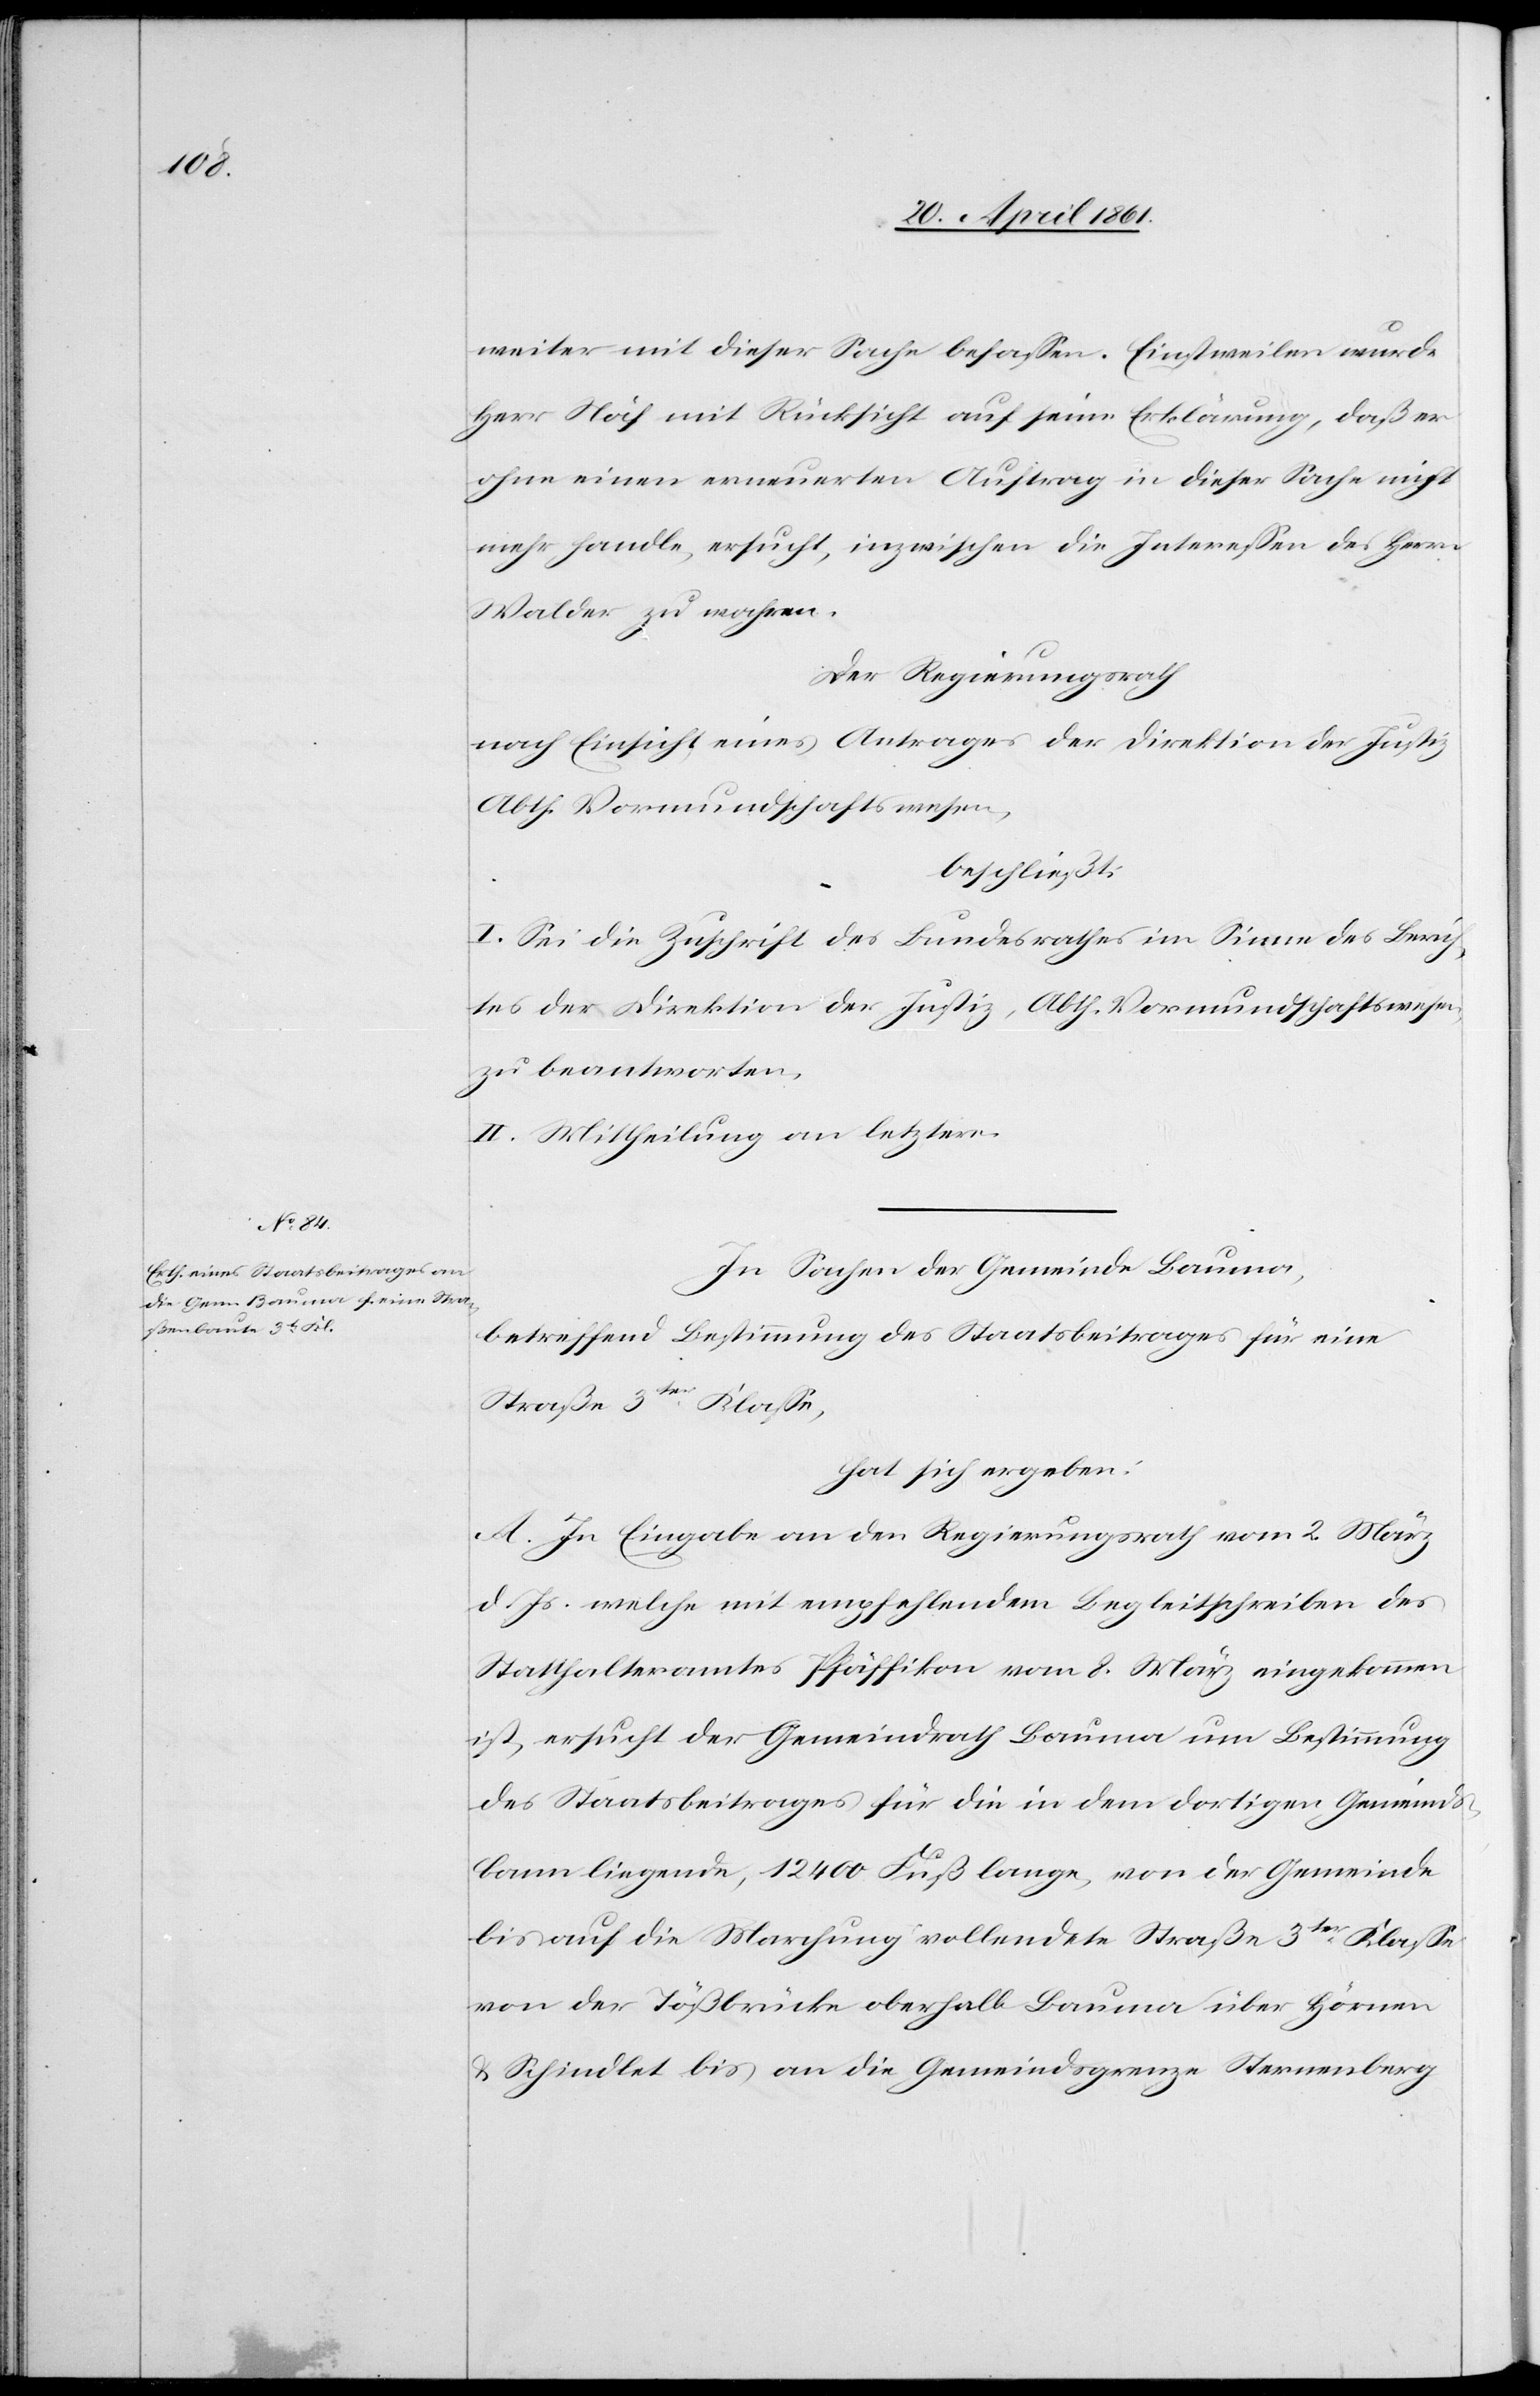
weiter mit dieser Sache befassen. Einstweilen wurde
Herr Näf mit Rücksicht auf seine Erklärung, daß er
ohne einen erneuerten Auftrag in dieser Sache nicht
mehr handle, ersucht, inzwischen die Interessen des Herrn
Walder zu wahren.
Der Regierungsrath
nach Einsicht eines Antrages der Direktion der Justiz
Abth. Vormundschaftswesen,
beschließt:
I. Sei die Zuschrift des Bundesrathes im Sinne des Berich¬
tes der Direktion der Justiz, Abth. Vormundschaftswesen,
zu beantworten.
II. Mittheilung an letztere.
In Sachen der Gemeinde Bauma,
betreffend Bestimmung des Staatsbeitrages für eine
Straße 3ter Klasse,
hat sich ergeben:
A. In Eingabe an den Regierungsrath vom 2. März
d. Js. welche mit empfehlendem Begleitschreiben des
Statthalteramtes Pfäffikon vom 8. März eingekommen
ist, ersucht der Gemeindrath Bauma um Bestimmung
des Staatsbeitrages für die in dem dortigen Gemeinds¬
bann liegende, 12 400 Fuß lange, von der Gemeinde
bis auf die Marchung vollendete Straße 3ter Klasse
von der Tößbrücke oberhalb Bauma über Hörnen
u. Schindlet bis an die Gemeindsgrenze Sternenberg